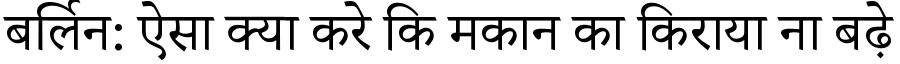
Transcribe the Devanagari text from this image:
बर्लिन: ऐसा क्या करे कि मकान का किराया ना बढ़े